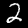
Label: 2